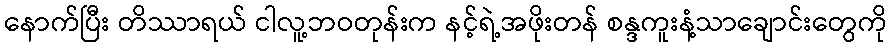
နောက်ပြီး တိဿာရယ် ငါလူ့ဘဝတုန်းက နင့်ရဲ့အဖိုးတန် စန္ဒကူးနံ့သာချောင်းတွေကို